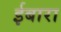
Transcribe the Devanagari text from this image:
ईबारा